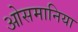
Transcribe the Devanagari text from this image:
ओसमानिया